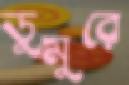
ডুমুরে